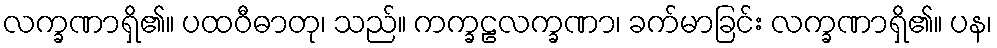
လက္ခဏာရှိ၏။ ပထဝီဓာတု၊ သည်။ ကက္ခဠလက္ခဏာ၊ ခက်မာခြင်း လက္ခဏာရှိ၏။ ပန၊